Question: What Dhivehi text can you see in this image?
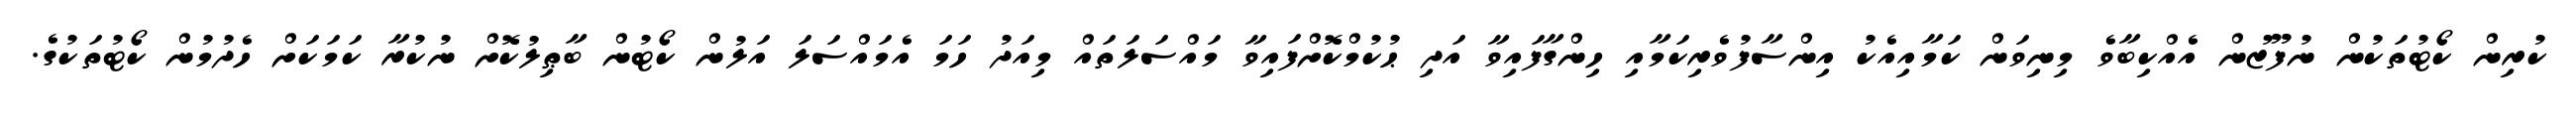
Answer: ކުރިން ކޯޓުތަކުން ނުފޫޒުން އެއްކިބާވެ މިނިވަން ކަމާއިއެކު އިންސާފުވެރިކަމާއި ހިންގާފައިވާ އަދި ޙުކުމްކޮށްފައިވާ މައްސަލަތައް މިއަދު ހަމަ އެމައްސަލަ އަލުން ކޯޓުން ބާޠިލުކޮށް ނުކުރާ ކަމަކަށް ހެދުމުން ކޯޓުތަކުގެ.